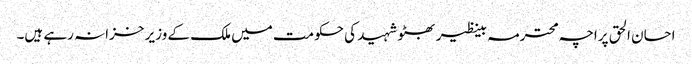
احسان الحق پراچہ محترمہ بینظیر بھٹو شہید کی حکومت میں ملک کے وزیر خزانہ رہے ہیں۔